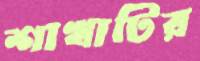
শাখাটির